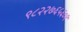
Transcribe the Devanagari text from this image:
९८२२७६५६०१